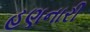
હણનારી